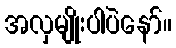
အလှမျိုးပါပဲနော်။